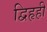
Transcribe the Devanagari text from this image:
द्विहृही